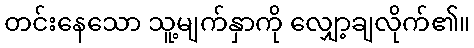
တင်းနေသော သူ့မျက်နှာကို လျှော့ချလိုက်၏။